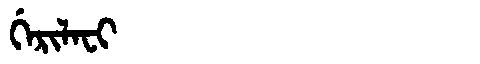
Manchu: ᡤᡝᡵᡳᠯᠠᠸᡳ
Romanization: GERILAFI